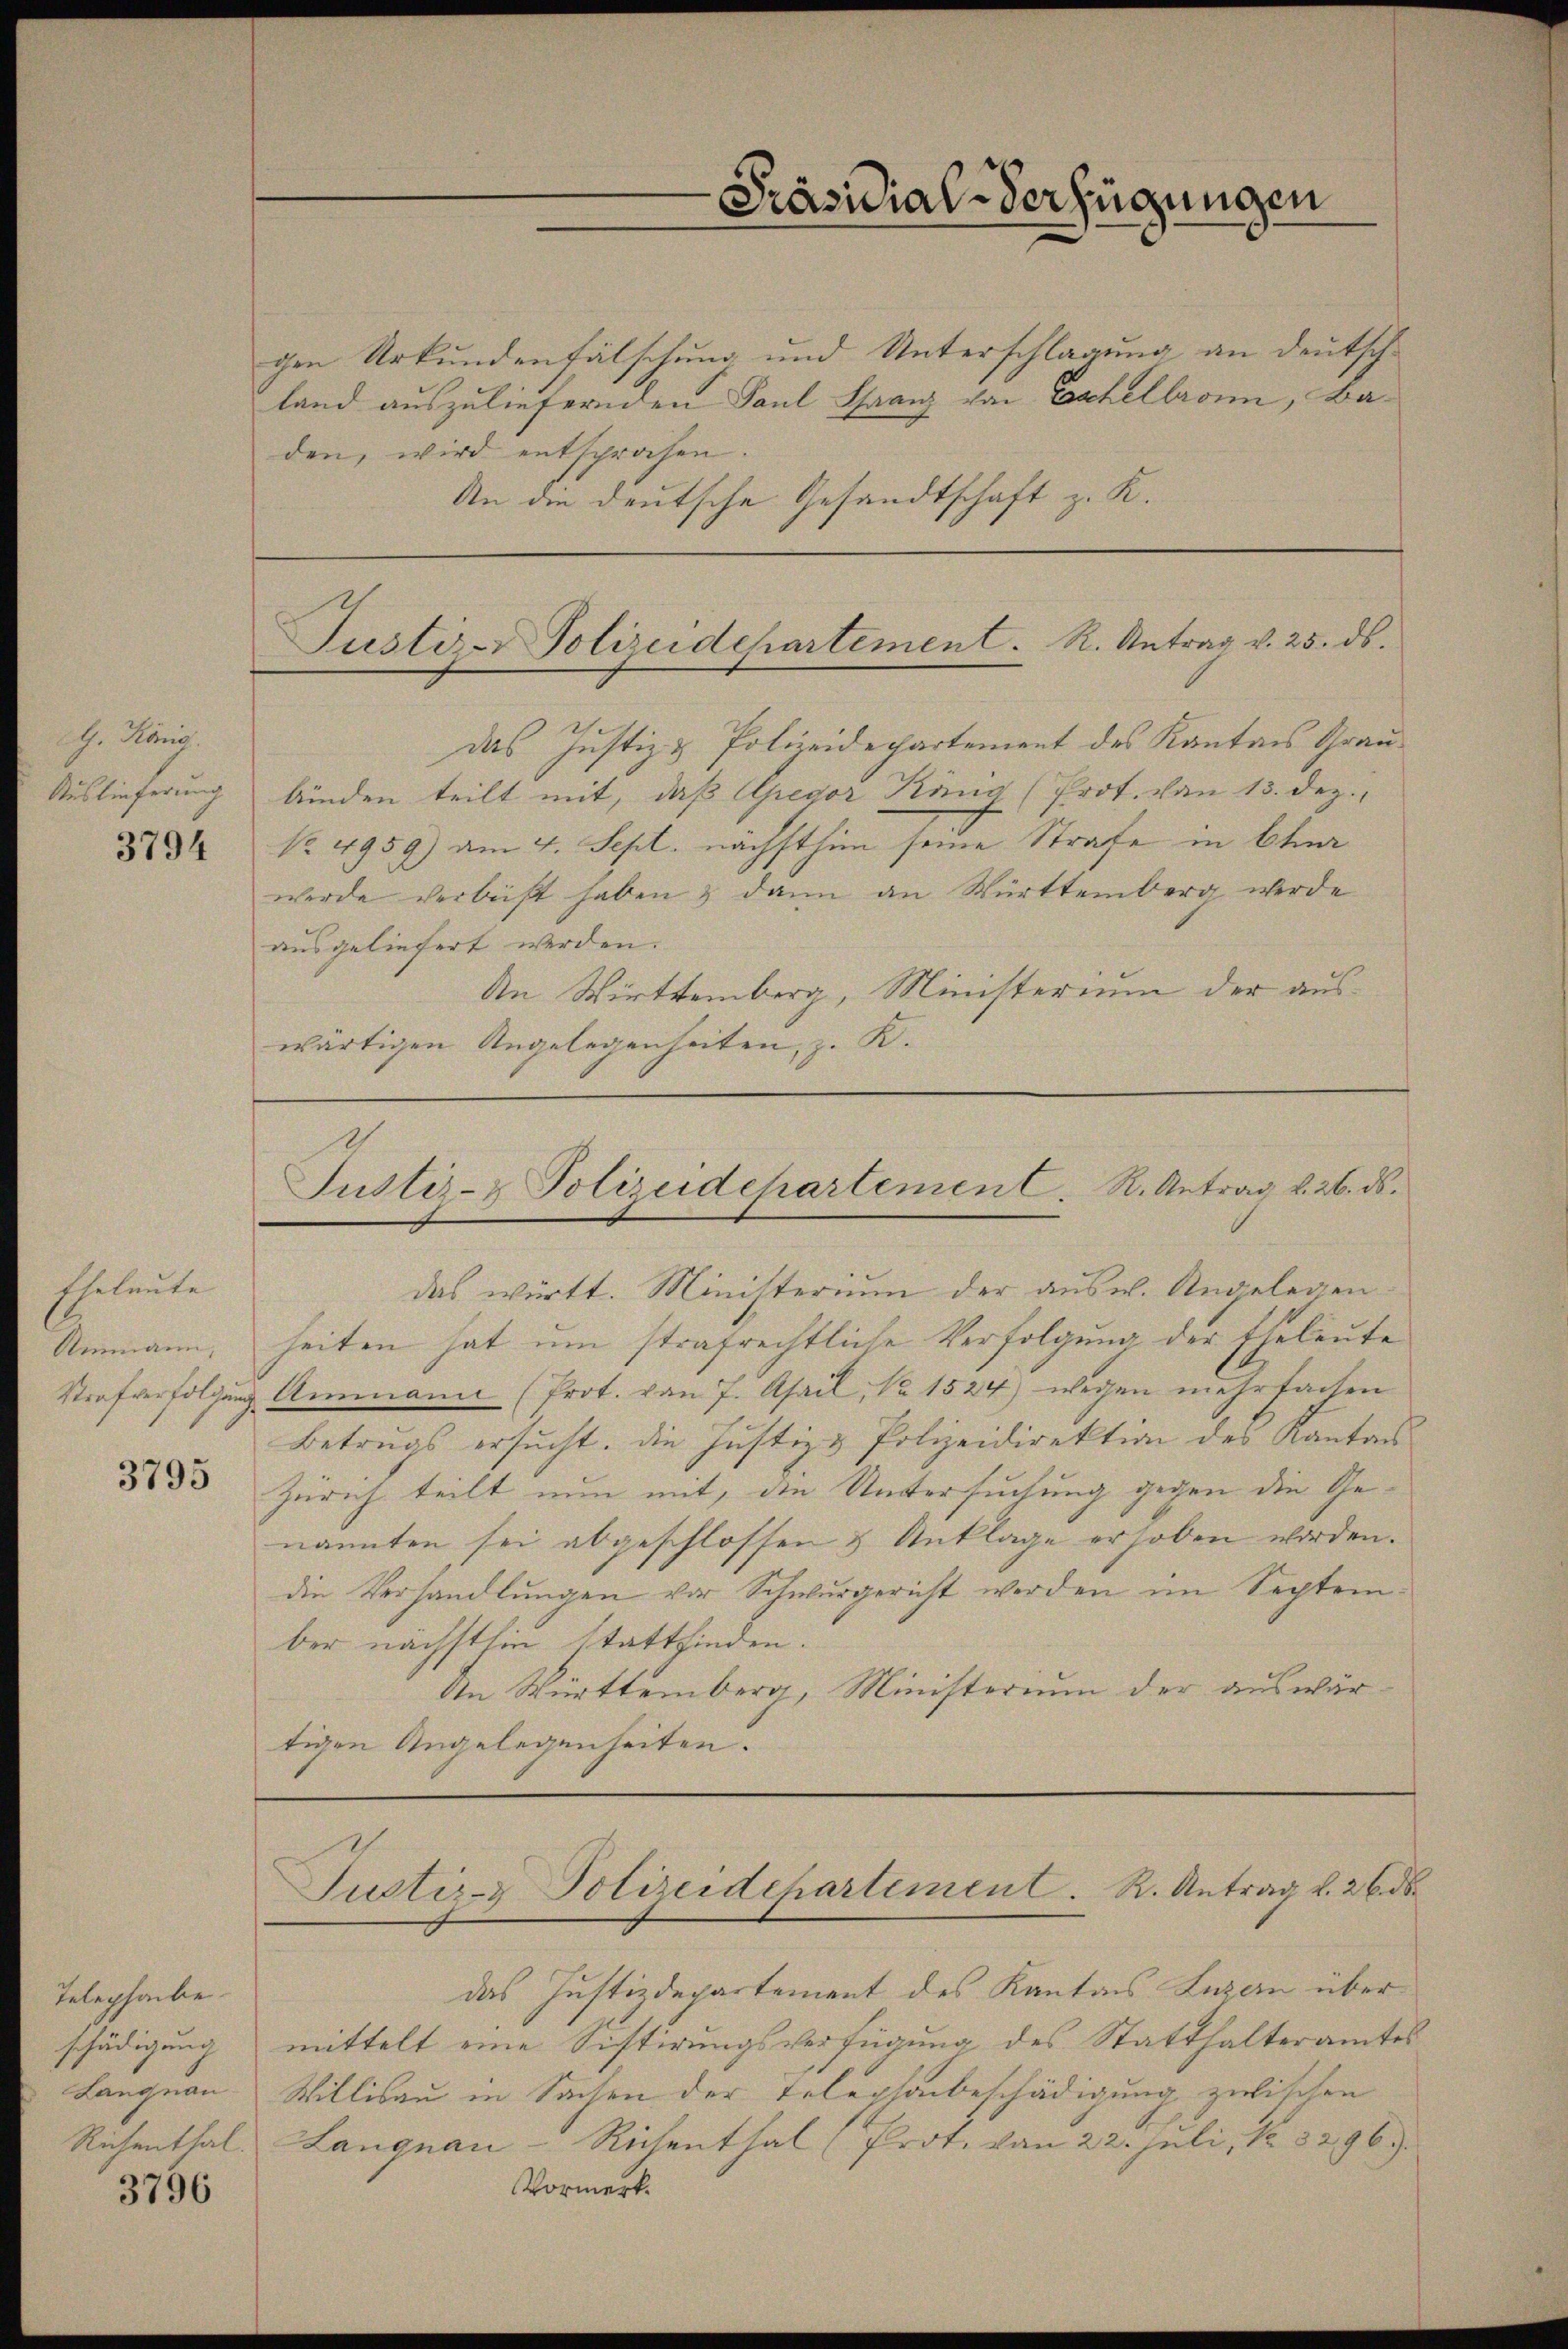
G. König.
Auslieferung

3794

Eheleute
Gemein
3795

Telephabe.
schädigung
Langnau
Richenthal.

3796

gen Urkundenfälschung und Unterschlagung an deutschland auszuliefernden Paul Franz von Eschelbronn, Baden, wird entsprochen.
An die deutsche Gesandtschaft z. K.
Das Justiz & Polizeidepartement des Kantons Graubinden teilt mit, daß Apegor König (Prot. von 13. dez.
No. 4959) am 4. Sept. nächsthin seine Strafe in Ober
werde verleist haben & dann an Württemberg werde
ausgeliefert werden.
An Wirttemberg, Ministerium der auswärtigen Angelegenheiten, z. K.

Präsidial-Verfügungen

Justiz- & Polizeidchartement. R. Antrag v. 25. ds.

Justiz- & Polizeidehartement. R. Antrag v. 26. ds.

das württ. Ministerium der ausw. Angelegenheiten hat um strafrechtliche Verfolgung der Eheleute
Strafverfolgŭng Ammann (Prot. von 7. April, Nr. 1524) wegen mehrfachen
Betrugs ersucht. Die Justiz & Polizeidirektion des Kantons
Zürich teilt nun mit, die Untersuchung gegen die Genannten sei abgeschlossen & Anklage erhoben worden.
die Verhandlungen vor Schwurgericht werden im September nächsthin stattfinden.
An Württemberg, Ministerium der auswärtigen Angelegenheiten.
Justiz- & Polizeidchartement. R. Antrag v. 26. ds.
das Justizdepartement des Kantons Luzern über
mittelt eine Sistirungsverfügung des Statthalteramtes
Willisau in Sachen der Telephonbeschädigung zwischen
Langnau-Richenthal (Prot. von 22. Juli, No. 3296.
Vormerk.